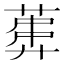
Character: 𱾍